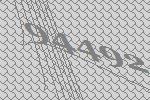
94492